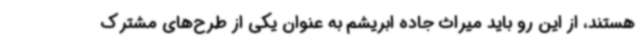
هستند، از این رو باید میراث جاده ابریشم به عنوان یکی از طرح‌های مشترک